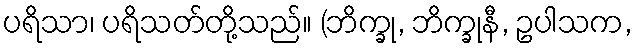
ပရိသာ၊ ပရိသတ်တို့သည်။ (ဘိက္ခု, ဘိက္ခုနီ, ဥပါသက,